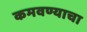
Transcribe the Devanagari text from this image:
कमवण्याचा